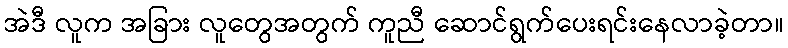
အဲဒီ လူက အခြား လူတွေအတွက် ကူညီ ဆောင်ရွက်ပေးရင်းနေလာခဲ့တာ။